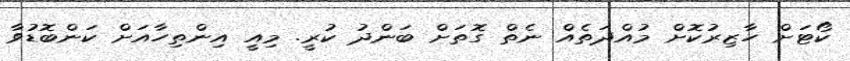
ކޯޓަށް ހާޒިރުކޮށް މުއްދަތެއް ނެތް ގޮތަށް ބަންދު ކުރީ. މިއީ އިންތިހާއަށް ކަންބޮޑުވާ